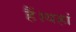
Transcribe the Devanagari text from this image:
हैं।यहां